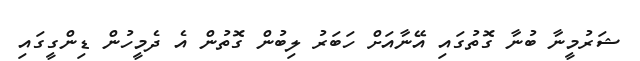
ޝަރުމީނާ ބުނާ ގޮތުގައި އޭނާއަށް ހަބަރު ލިބުން ގޮތުން އެ ދެމީހުން ޑިންގީގައި